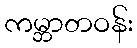
ကမ္ဘာတဝန်း